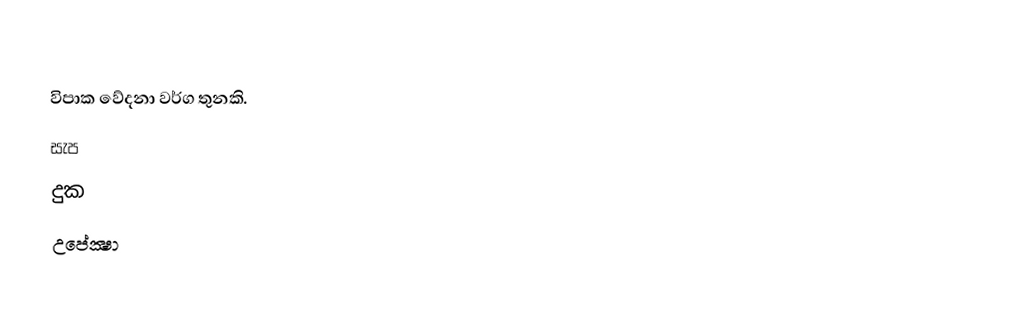
විපාක වේදනා වර්ග තුනකි.
 සැප
 දුක
 උපේක්‍ෂා